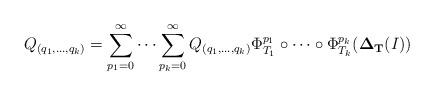
LaTeX: \begin{align*} Q_{(q_1,\ldots, q_k)}=\sum_{p_1=0}^\infty\cdots \sum_{p_k=0}^\infty Q_{(q_1,\ldots, q_k)}\Phi_{T_1}^{p_1}\circ \cdots \circ \Phi_{T_k}^{p_k}({\bf \Delta_{T}}(I))\end{align*}